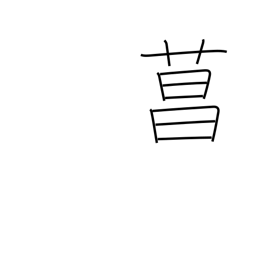
Meaning: iris